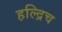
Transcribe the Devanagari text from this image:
हल्द्रिच